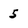
Character: 5